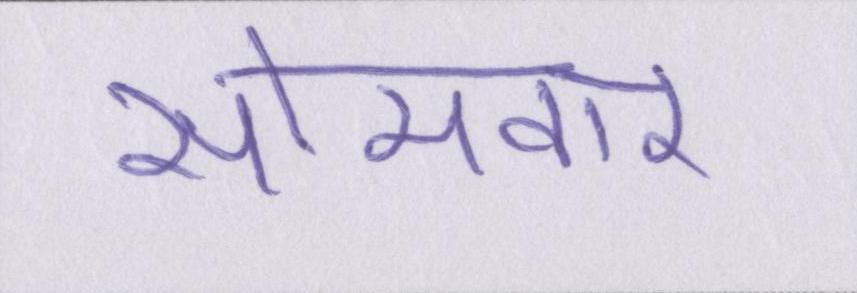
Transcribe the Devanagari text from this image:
सोमवार